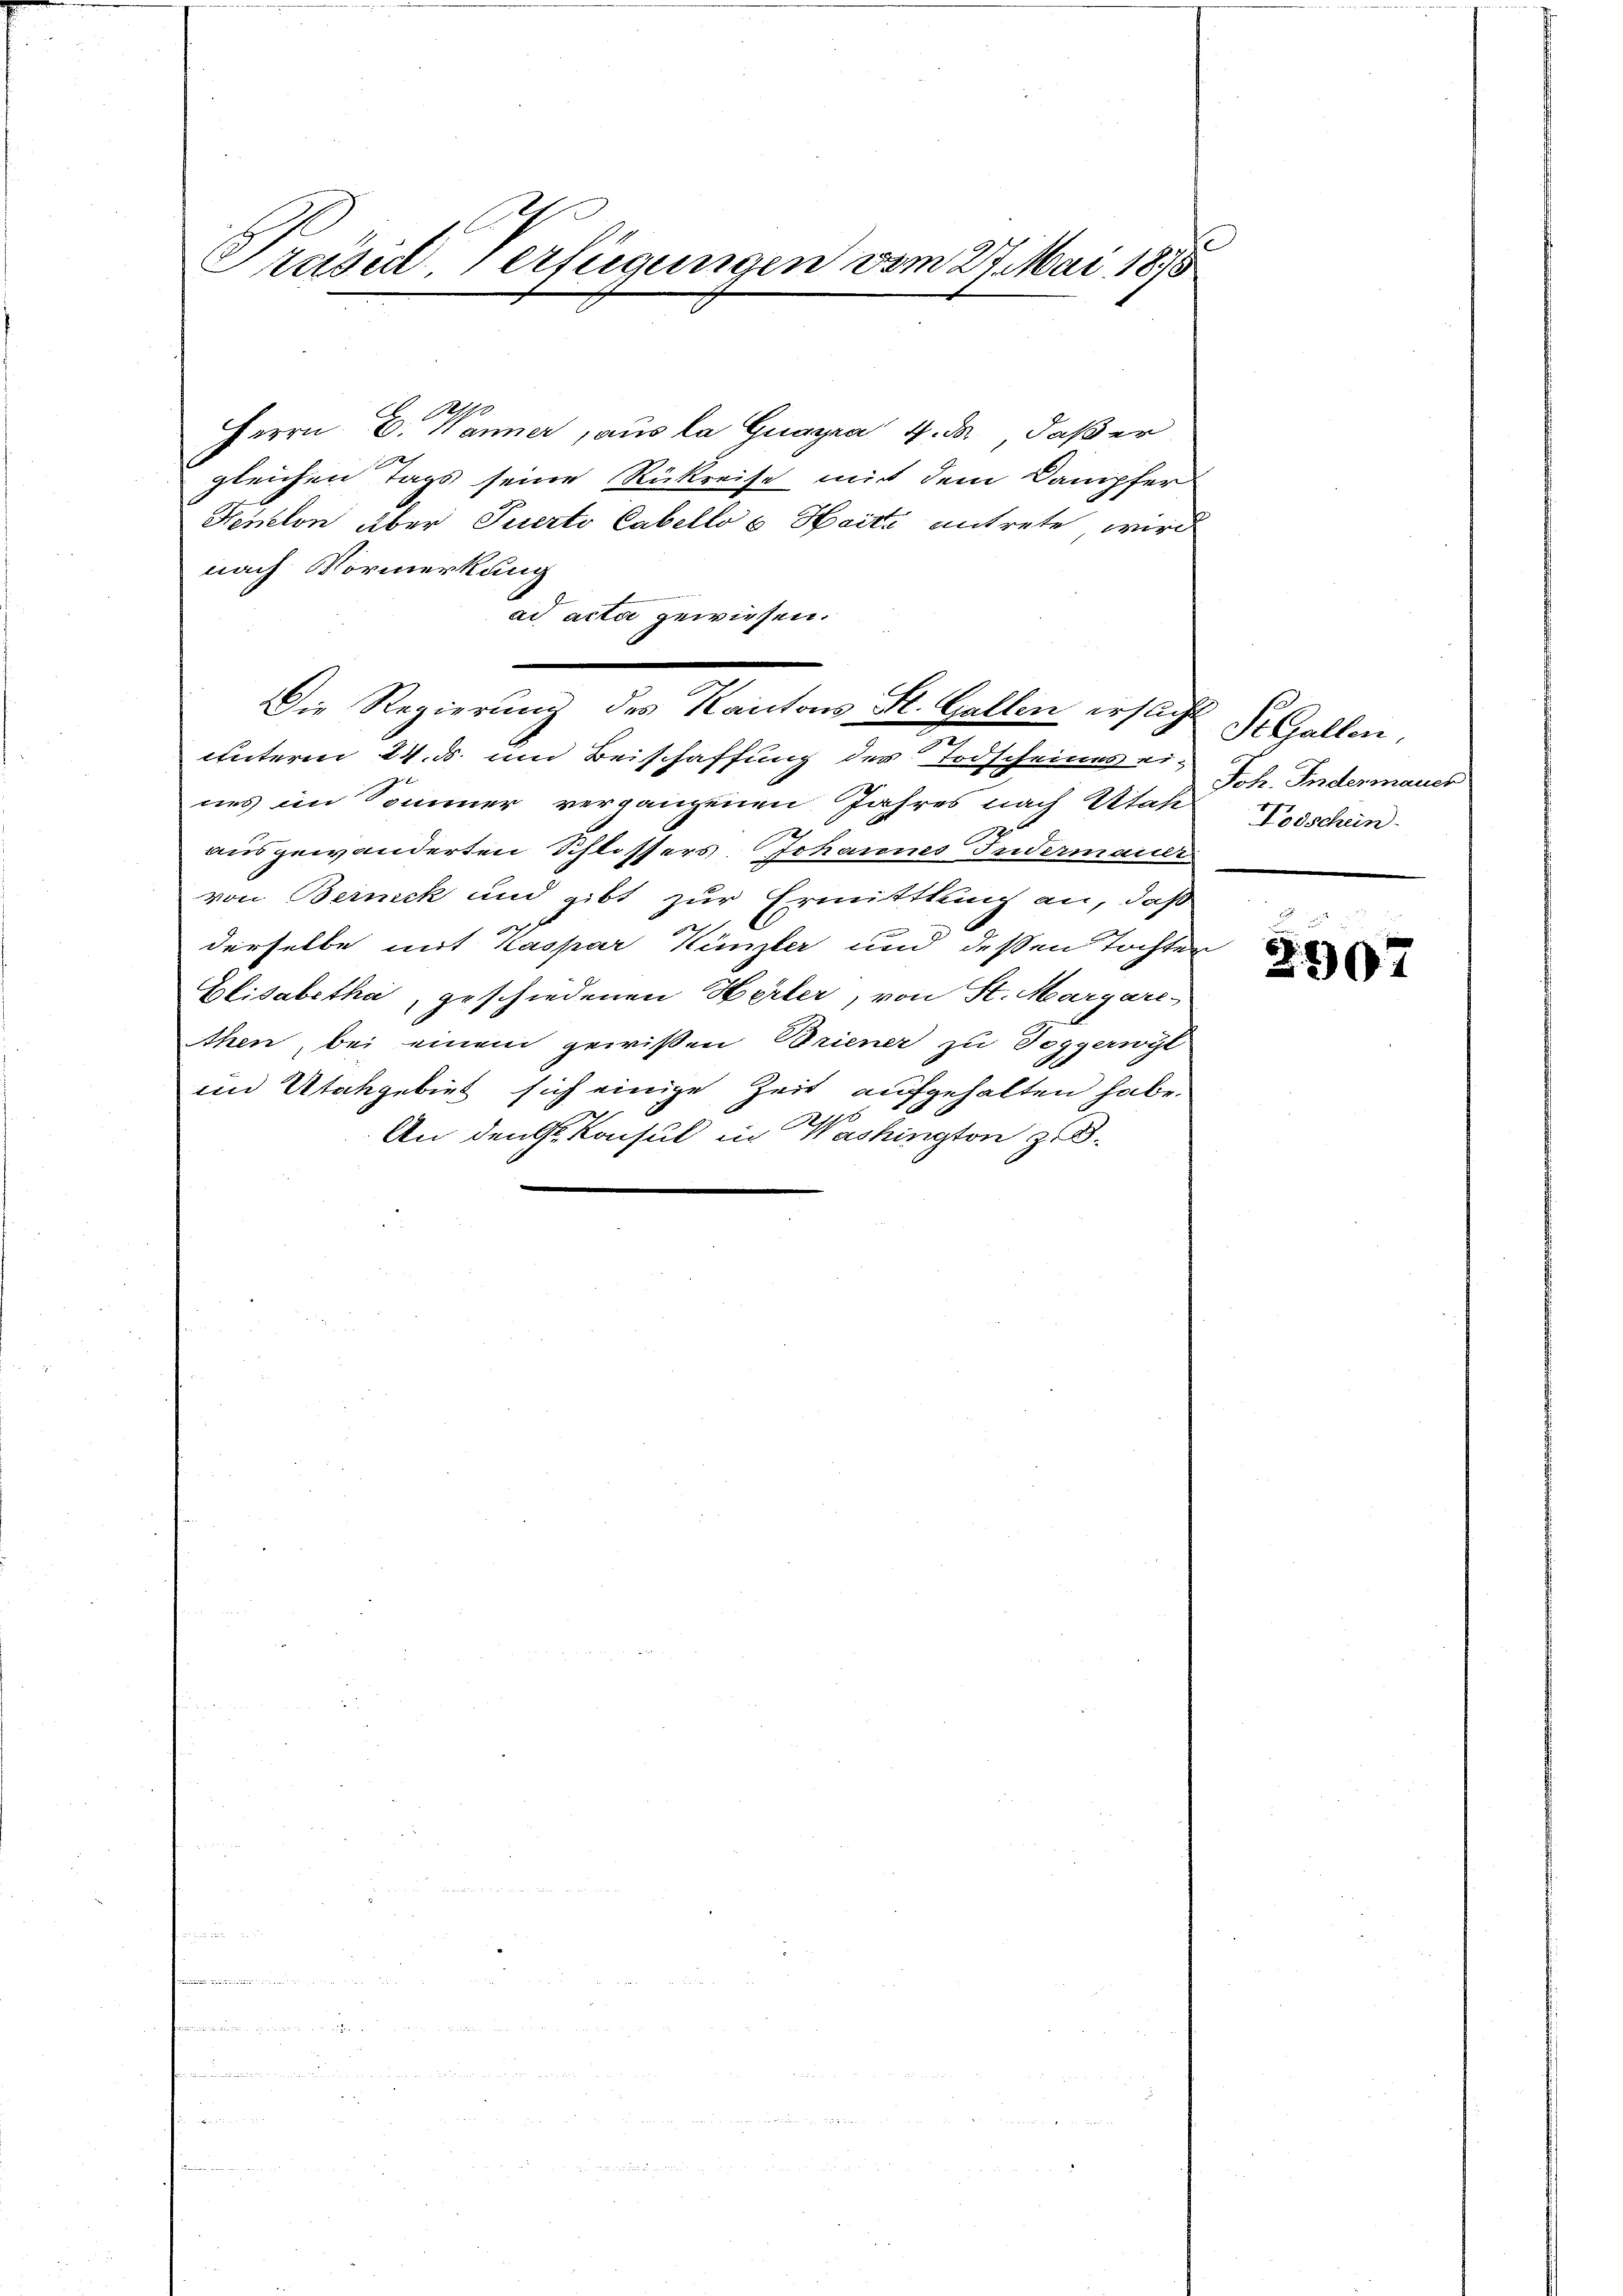
E
Präsidl, Verfügungen vom 27. Mai 1878

20
Herrn E. Manner, aus la Guayra 1. da daß er
2
gleichen Tags seine Rückreise mit dem Dampfer
Heielon über Puerto Cabello 6 Haite antrete, wird
nach Vormerkung
ad acta gewiesen.
unterm 24. ds. um Beischaffung der Todscheines ei-
nes im Sommer vergangenen Jahres nach Utahl schen
ausgewanderten Schlossers. Johannes Indermant
von Berick und gibt zur Ermittlung an, daß
h
derselbe mit Kaspar Künzler und dessen Tochter
Elisabetha, geschiedenen Herter, von St. Margare-
then, bei einem gewißen Briener zu Toggerwyl
in Utahgebiet sich einige Zeit aufgehalten habe.
d
An den Sr. Konsul in Washington z.B.

Die Regierung des Kantons St. Gallen ersucht
n

St. Gallen,
Joh. Indermauer

u
E
2907